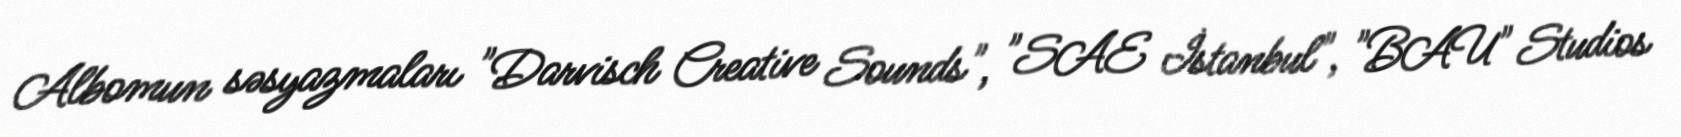
Albomun səsyazmaları "Darvisch Creative Sounds", "SAE İstanbul", "BAU" Studios